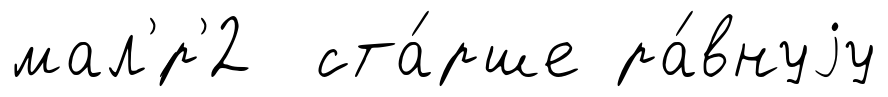
мал'́р'2 ста́рше ра́внуjу